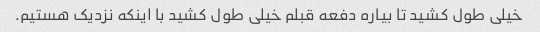
خیلی طول کشید تا بیاره دفعه قبلم خیلی طول کشید با اینکه نزدیک هستیم.